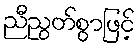
ညီညွတ်စွာဖြင့်